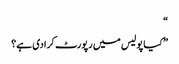
“
” کیا پولیس میں رپورٹ کرادی ہے؟